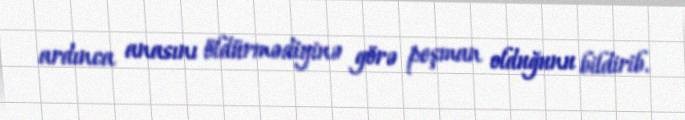
ardınca anasını öldürmədiyinə görə peşman olduğunu bildirib.